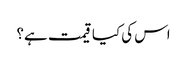
اس کی کیا قیمت ہے؟